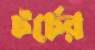
টর্চের